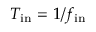
T _ { \mathrm { i n } } = 1 / f _ { \mathrm { i n } }